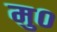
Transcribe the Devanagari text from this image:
मु०